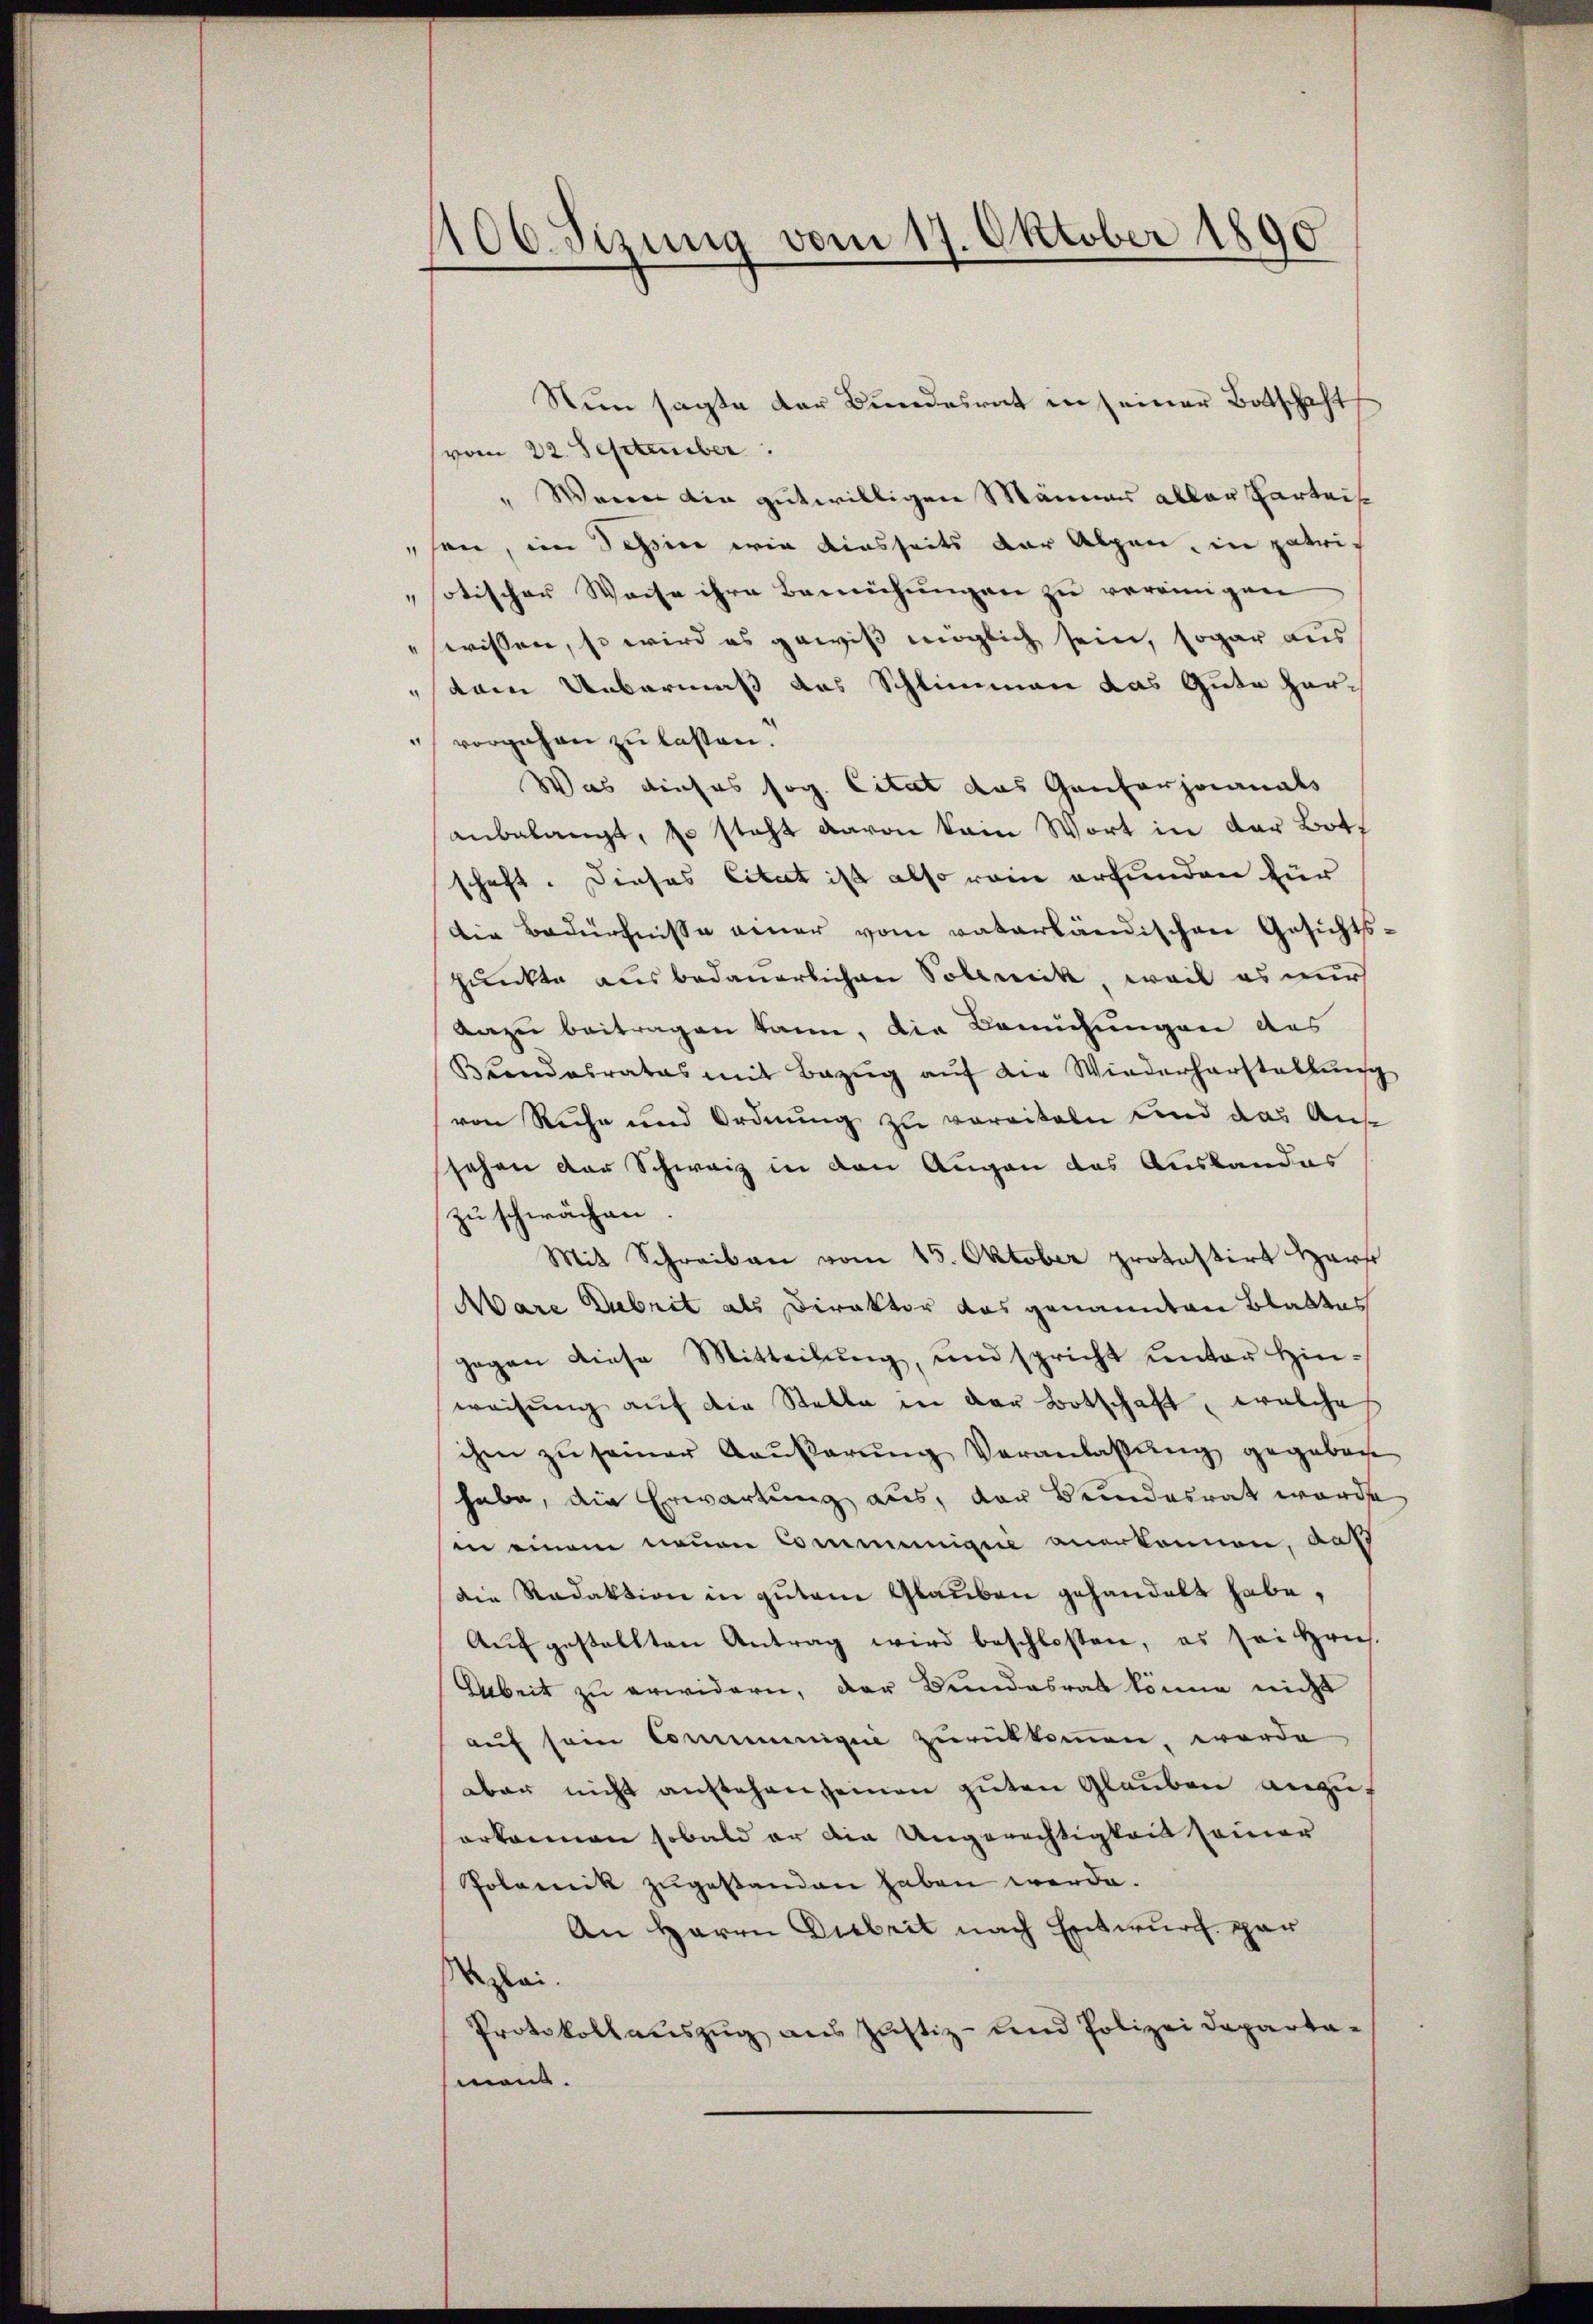
106. Sizung vom 17. Oktober 1890

Nun sagte der Bundesrat in seiner Botschaft
vom 22. September
" Wenn ain gutwilligen Männers aller Karteil
sen, im Tessine wie diesseits der Alpen, in patriotischer Weise ihre Bemühungen zu vereinigen
"wissen, so wird es gewiß möglich sein, sogar aus
dam Uebermaß das Schlimmen das Gute Hor¬
 vorgehen zu lassen.
Was dieses sog. Citat das Gantarianals
anbelangt, so steht davon kein Wort in der Bott
schaft. Dieses Citat ist also rein erfunden für
Die Bedürfnisse einer vom vaterländischen Gesichts-
punkte ausbedauerlichen Soleneck, weil es nur
dazu beitragen kann, die Bemühungen des
Blendesrates mit Bezŭg aŭf die Wiederherstellung
von Ruhe und Ordnung zu vereiteln und das Ans
sehen der Schweiz in den Augen das Auslandes
zu schwächen.
Mit Schreiben vom 15. Oktober protestirt Harr
Aare Dubrit als Direktor das genannten Blattes
gegen diese Mitteilŭng, und spricht unter Hin-
weisung auf die Stelle in der Botschaft, welche
ihm zŭ seiner Kaŭβerŭng Veranlassŭng gegeben
habe, die Erwartung aus, der Bundesrat wurde
in einem neuen Communigiii anerkennen, auß
die Redaktion in gutem Glauben gehandelt habe,
Aufgestellten Antrag wird beschlossen, es sei Hrn.
Arbeit zu erwidern, der Bundesrat könne nicht
auf sein Communique zurükkommen, worde
bar nicht anstehen seinen guten Glauben anzuf
erkennen sobald er die Ungerechtigkeit seiner
Polemik zugestanden haben werde.
An Herrn Diebrit nach Entwurf gar
ai.
Protokollauszug aus Justiz- und Polizei Departa-
mans.